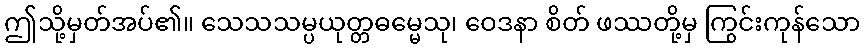
ဤသို့မှတ်အပ်၏။ သေသသမ္ပယုတ္တဓမ္မေသု၊ ဝေဒနာ စိတ် ဖဿတို့မှ ကြွင်းကုန်သော